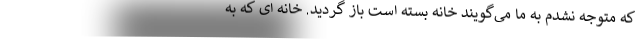
که متوجه نشدم به ما می‌گویند خانه بسته است باز گردید. خانه ای که به